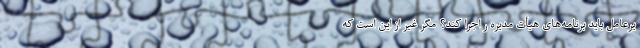
یرعامل باید برنامه‌های هیأت مدیره ر اجرا کند؟ مگر غیر از این است که